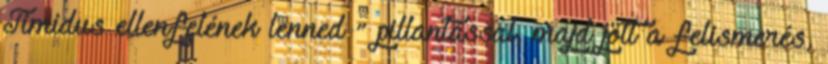
Timidus ellenfelének lenned ” pillantással, majd jött a felismerés,